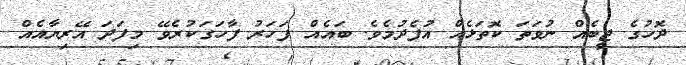
ދޮހުގެ ޖީބެއް ނުވަތަ ކޮތަޅެއް އުފެދުމެވެ. ބައެއް ފަހަރު ފާހަގަކުރެވޭ މިފަދަ އޭރިޔާއެއް